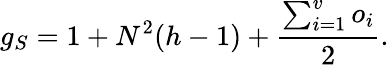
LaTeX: g_{S}=1+N^{2}(h-1)+\frac{\sum_{i=1}^{v}o_{i}}{2}.